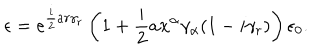
\epsilon = e ^ { \frac { i } { 2 } a r \gamma _ { r } } \left( 1 + \frac { i } { 2 } a x ^ { \alpha } \gamma _ { \alpha } ( 1 - i \gamma _ { r } ) \right) \epsilon _ { 0 } .